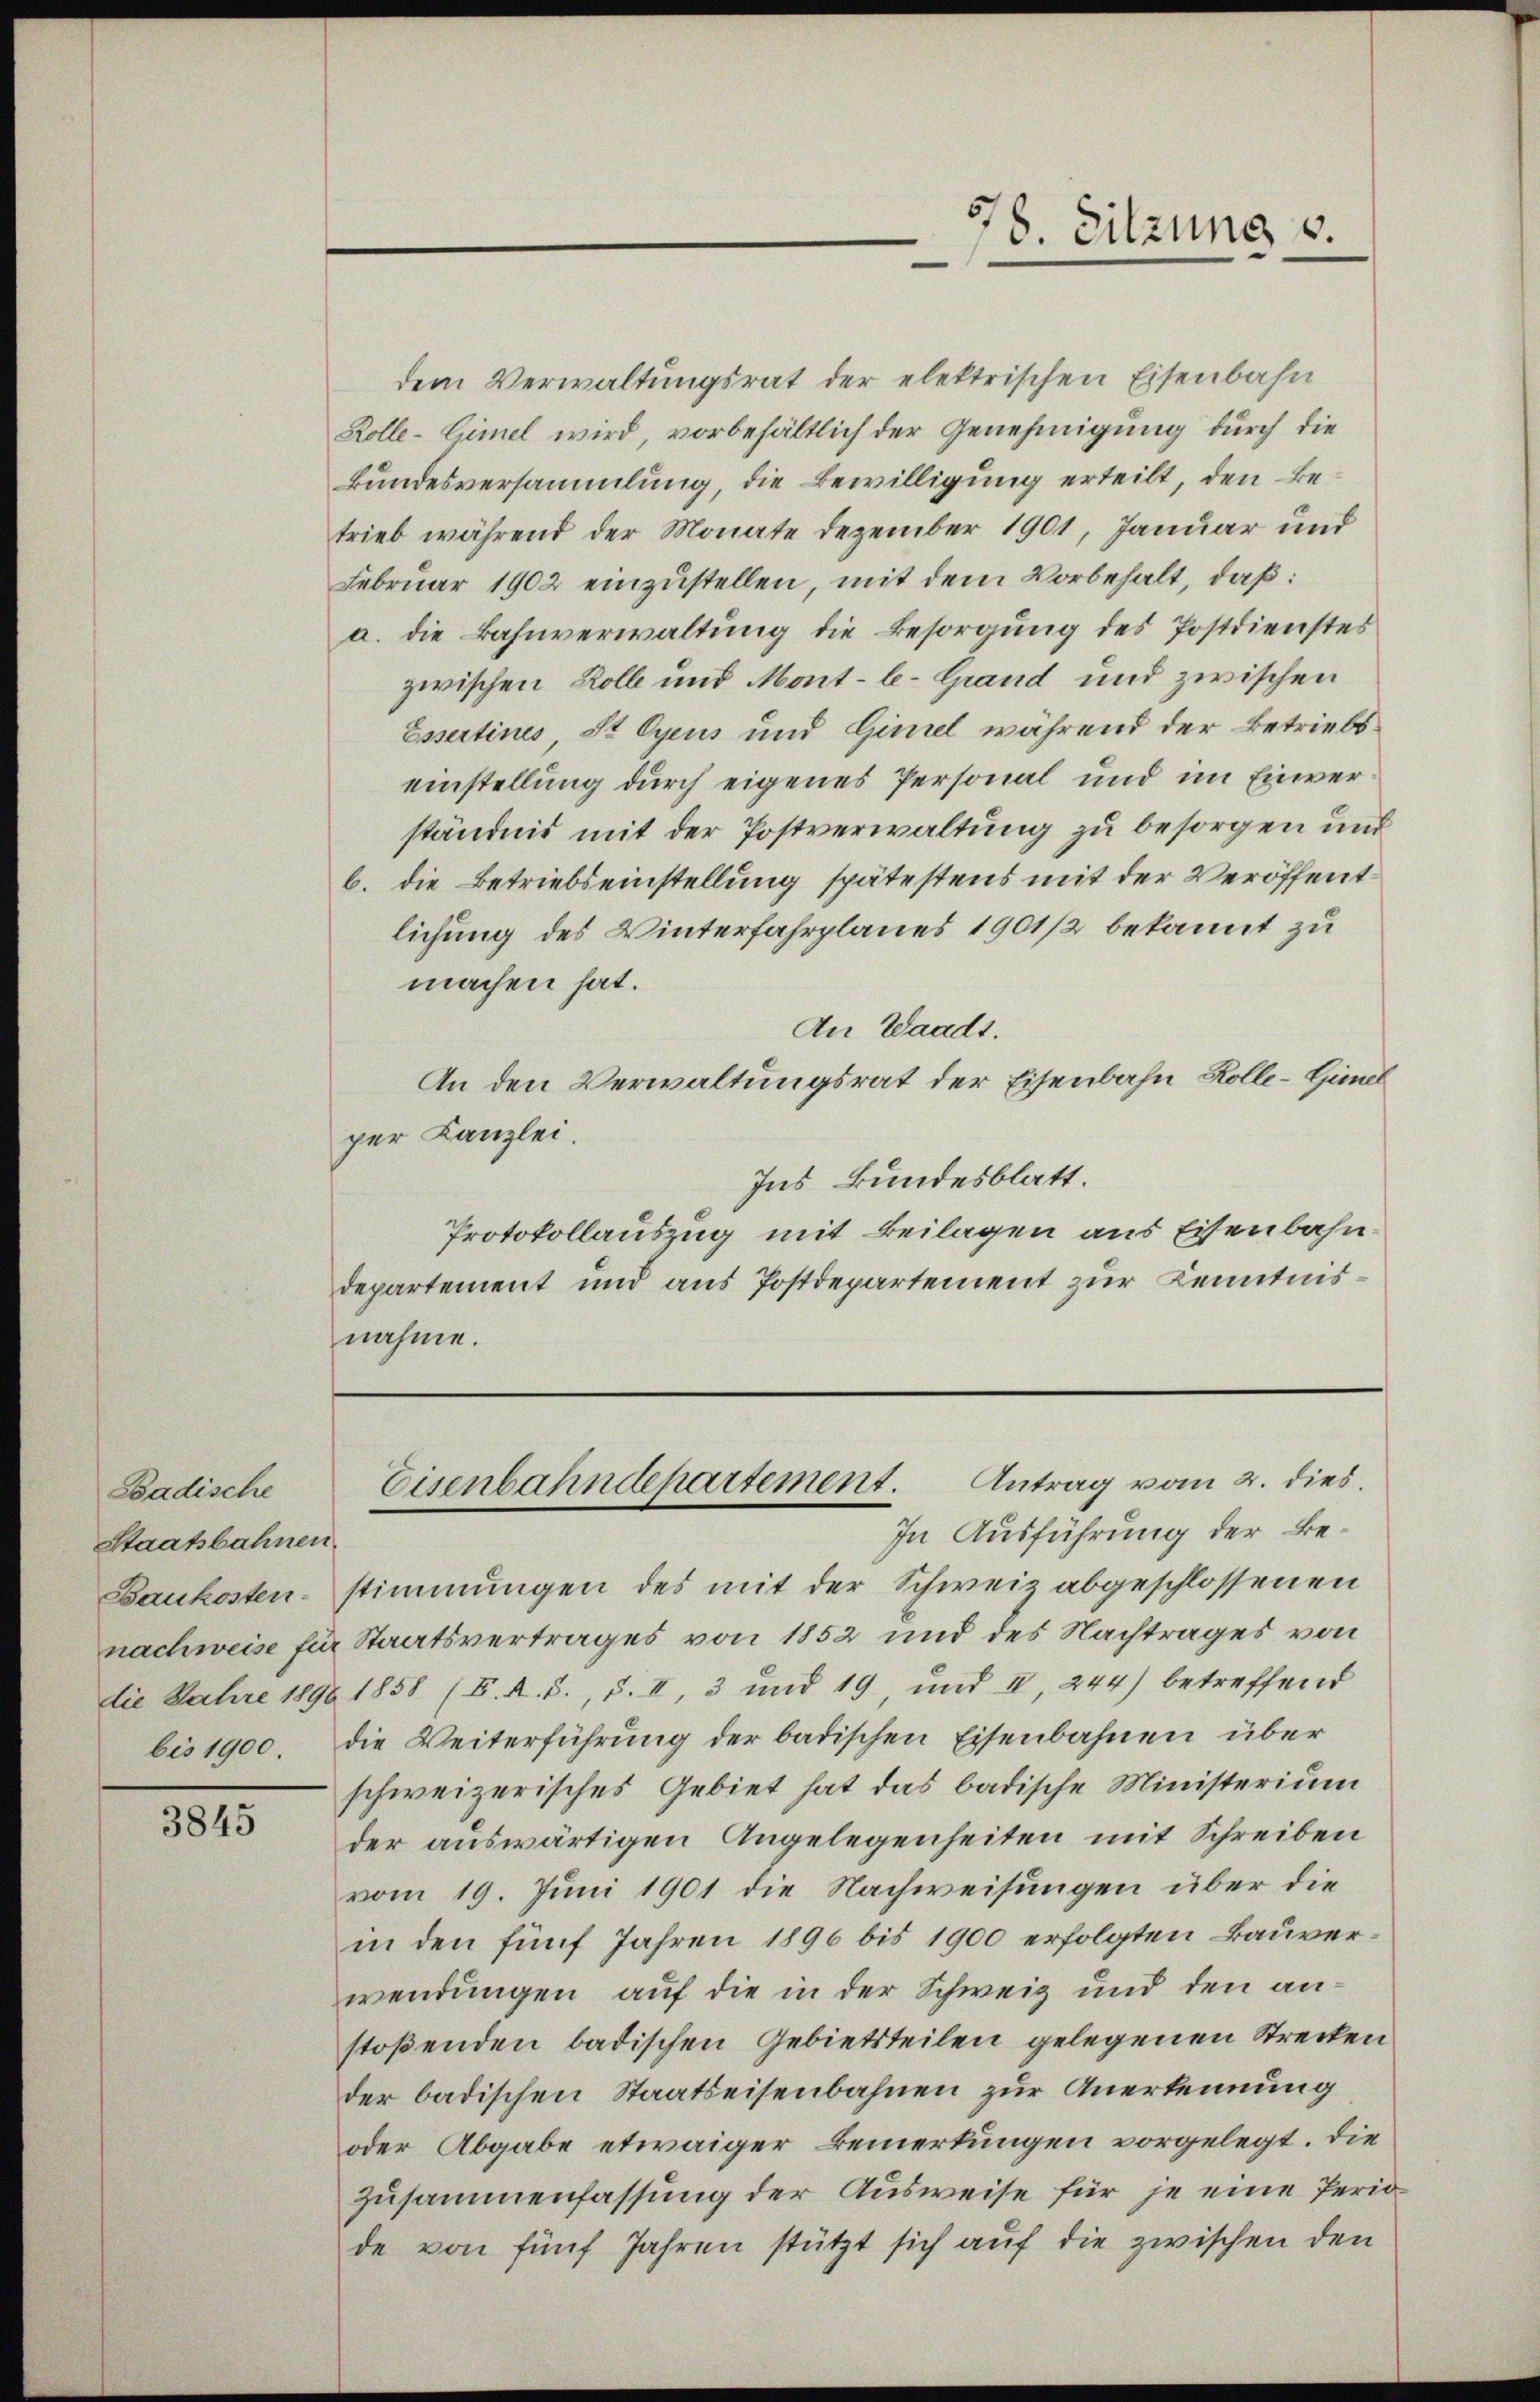
Badische
Staatsbahnen.
Baukosten.

3845

dem Verwaltungsrat der elektrischen Eisenbahn
Kolle-Gimel wird, vorbehältlich der Genehmigung durch die
Bundesversammlung, die Bewilligung erteilt, den Betrieb während der Monate Dezember 1901, Januar und
Februar 1902 einzustellen, mit dem Vorbehalt, daß:
a. die Bahnverwaltung die Besorgung des Postdienstes
zwischen Roll und Mont-le-Grand und zwischen
Essertines, St. Gyens und Gimel während der Betriebseinstellung durch eigenes Personal und im Einverständnis mit der Postverwaltung zu besorgen und
b. die Betriebseinstellung spätestens mit der Veröffentlichung des Winterfahrplanes 1901/2 bekannt zu
machen hat.
An Waadt.
An den Verwaltungsrat der Eisenbahn Kolle-Gimel
per Kanzlei.
Ins Bundesblatt.
Protokollauszug mit Beilagen aus Eisenbahndepartement und aus Postdepartement zur Kenntnisnahme.

stimmungen des mit der Schweiz abgeschlossenen
nachweise für Staatsvertrages von 1852 und des Nachtrages von
die Jahre 1896 1858 (C. R. S., S. II, 3 und 19, und II, 244) betreffend
bis 1900 die Weiterführung der badischen Eisenbahnen über
schweizerisches Gebiet hat das badische Ministerium
der auswärtigen Angelegenheiten mit Schreiben
vom 19. Juni 1901 die Nachweisungen über die
in den fünf Jahren 1896 bis 1900 erfolgten Bauverwendungen, auf die in der Schweiz und den anstoßenden badischen Gebietsteilen gelegenen Strecken
der badischen Staatseisenbahnen zur Anerkennung
oder Abgabe etwaiger Bemerkungen vorgelegt. Die
Zusammenfassung der Ausweise für je eine Perio
de von fünf Jahren stützt sich auf die zwischen den

8. Sitzung v.

Eisenbahndepartement. Antrag vom 2. dies
In Ausführung der Be¬